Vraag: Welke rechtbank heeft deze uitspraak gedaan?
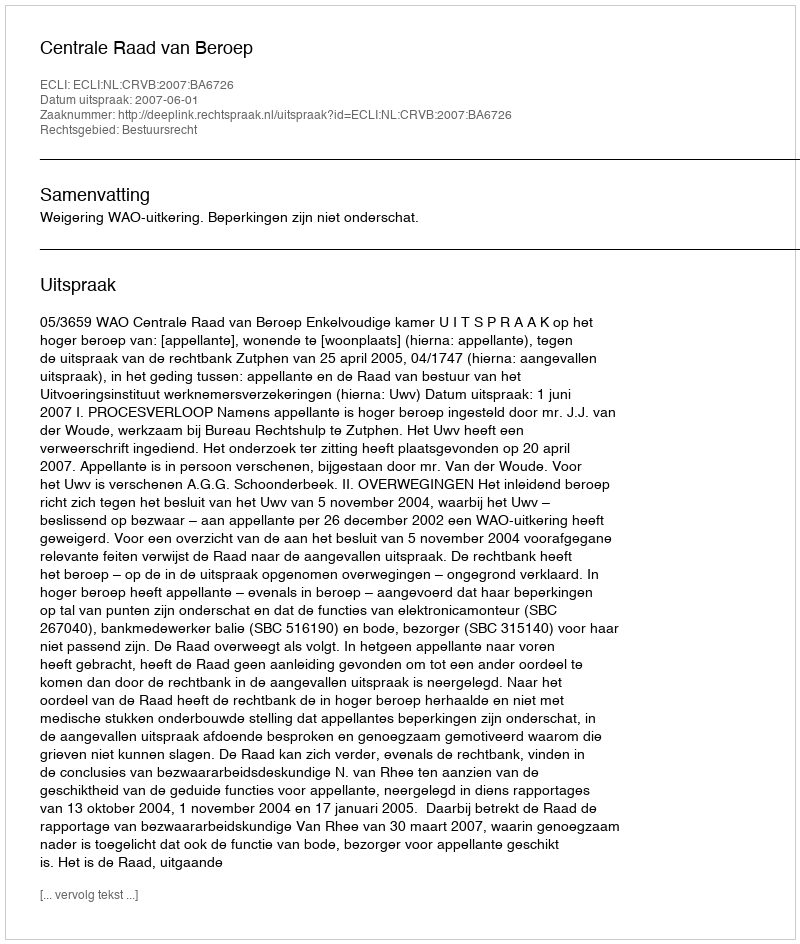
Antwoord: Centrale Raad van Beroep